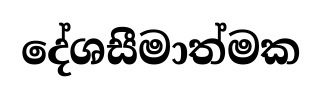
දේශසීමාත්මක